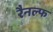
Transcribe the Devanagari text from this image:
रैनल्फ